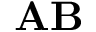
\mathbf { A } \mathbf { B }